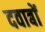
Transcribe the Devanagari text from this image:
दवाबों